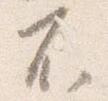
不